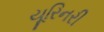
યૂરિનરી